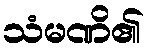
သံမဏိ၏